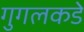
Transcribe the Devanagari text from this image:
गुगलकडे